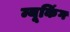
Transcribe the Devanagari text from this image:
न्यूकिंग